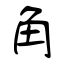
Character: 角